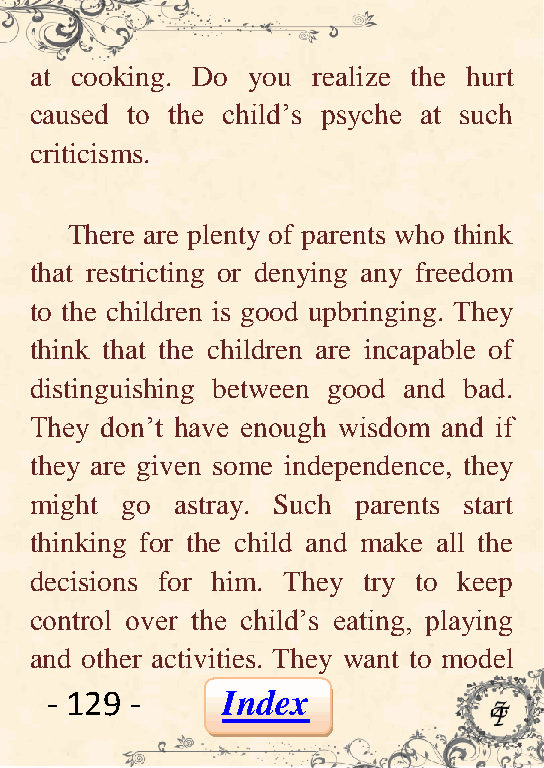
at cooking. Do you realize the hurt
 caused to the child’s psyche at such
 criticisms.
 There are plenty of parents who think
 that restricting or denying any freedom
 to the children is good upbringing. They
 think that the children are incapable of
 distinguishing between good and bad.
 They don’t have enough wisdom and if
 they are given some independence, they
 might go  astray. Such parents start
 thinking for the child and make all the
 decisions for him. They try to keep
 control over the child’s eating, playing
 and other activities. They want to model
 - 129 -     Index